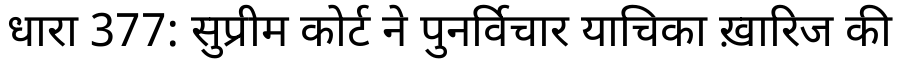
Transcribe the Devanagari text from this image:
धारा 377: सुप्रीम कोर्ट ने पुनर्विचार याचिका ख़ारिज की